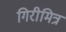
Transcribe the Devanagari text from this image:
गिरीमित्र